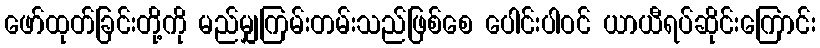
ဖော်ထုတ်ခြင်းတို့ကို မည်မျှကြမ်းတမ်းသည်ဖြစ်စေ ပေါင်းပါဝင် ယာယီရပ်ဆိုင်းကြောင်း